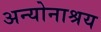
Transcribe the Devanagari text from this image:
अन्योनाश्रय